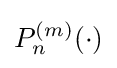
P_{n}^{(m)}\!\left(\cdot \right)